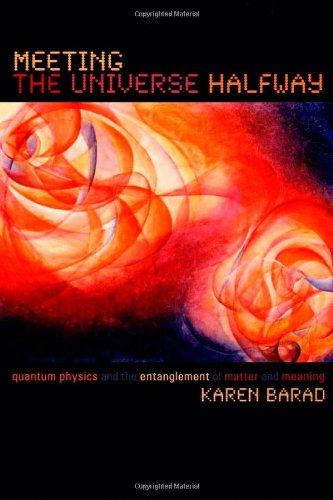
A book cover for Meeting the Universe Halfway: Quantum Physics and the Entanglement of Matter and Meaning; Karen Barad; Science & Math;